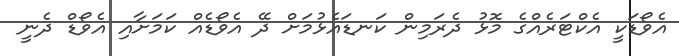
އެވޯޑަކީ އެކްޓަރެއްގެ މޮޅު ދެރަމިން ކަނޑައެޅުމަށް ދޭ އެވޯޑެއް ކަމަށާއި އެވޯޑް ދެނީ